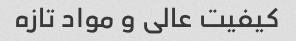
کیفیت عالی و مواد تازه